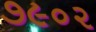
૭૯૦૨